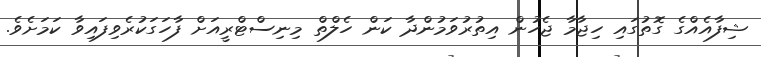
ޝިފާއެއްގެ ގޮތުގައި ހިޖާމާ ޖެހުން އިތުރުވަމުންދާ ކަން ހެލްތް މިނިސްޓްރީއަށް ފާހަގަކުރެވިފައިވާ ކަމަށެވެ.